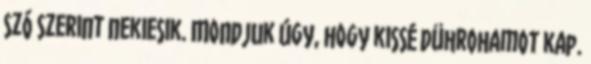
szó szerint nekiesik. Mondjuk úgy, hogy kissé dührohamot kap.